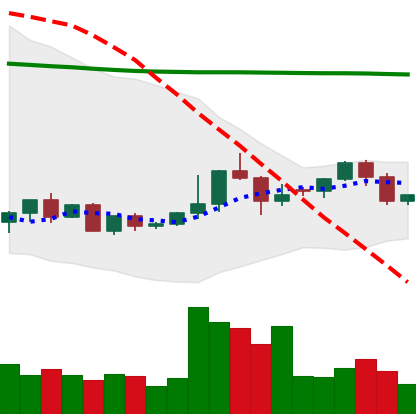
Ticker: ETC-USD
Chart end date: 2022-06-02
Forward return: -3.828%
Label: down_3_5